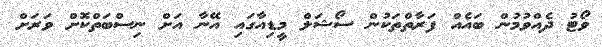
ވޯޓު ދެއްވުމުން ބައެއް ފަރާތްތަކުން ސޯޝަލް މީޑިއާގައި އޭނާ އަށް ނިސްބަތްކޮށް ވަރަށް